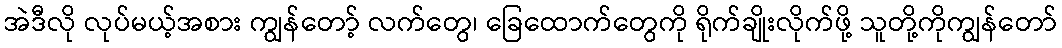
အဲဒီလို လုပ်မယ့်အစား ကျွန်တော့် လက်တွေ၊ ခြေထောက်တွေကို ရိုက်ချိုးလိုက်ဖို့ သူတို့ကိုကျွန်တော်